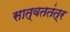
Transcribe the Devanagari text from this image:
सात्वततंत्र